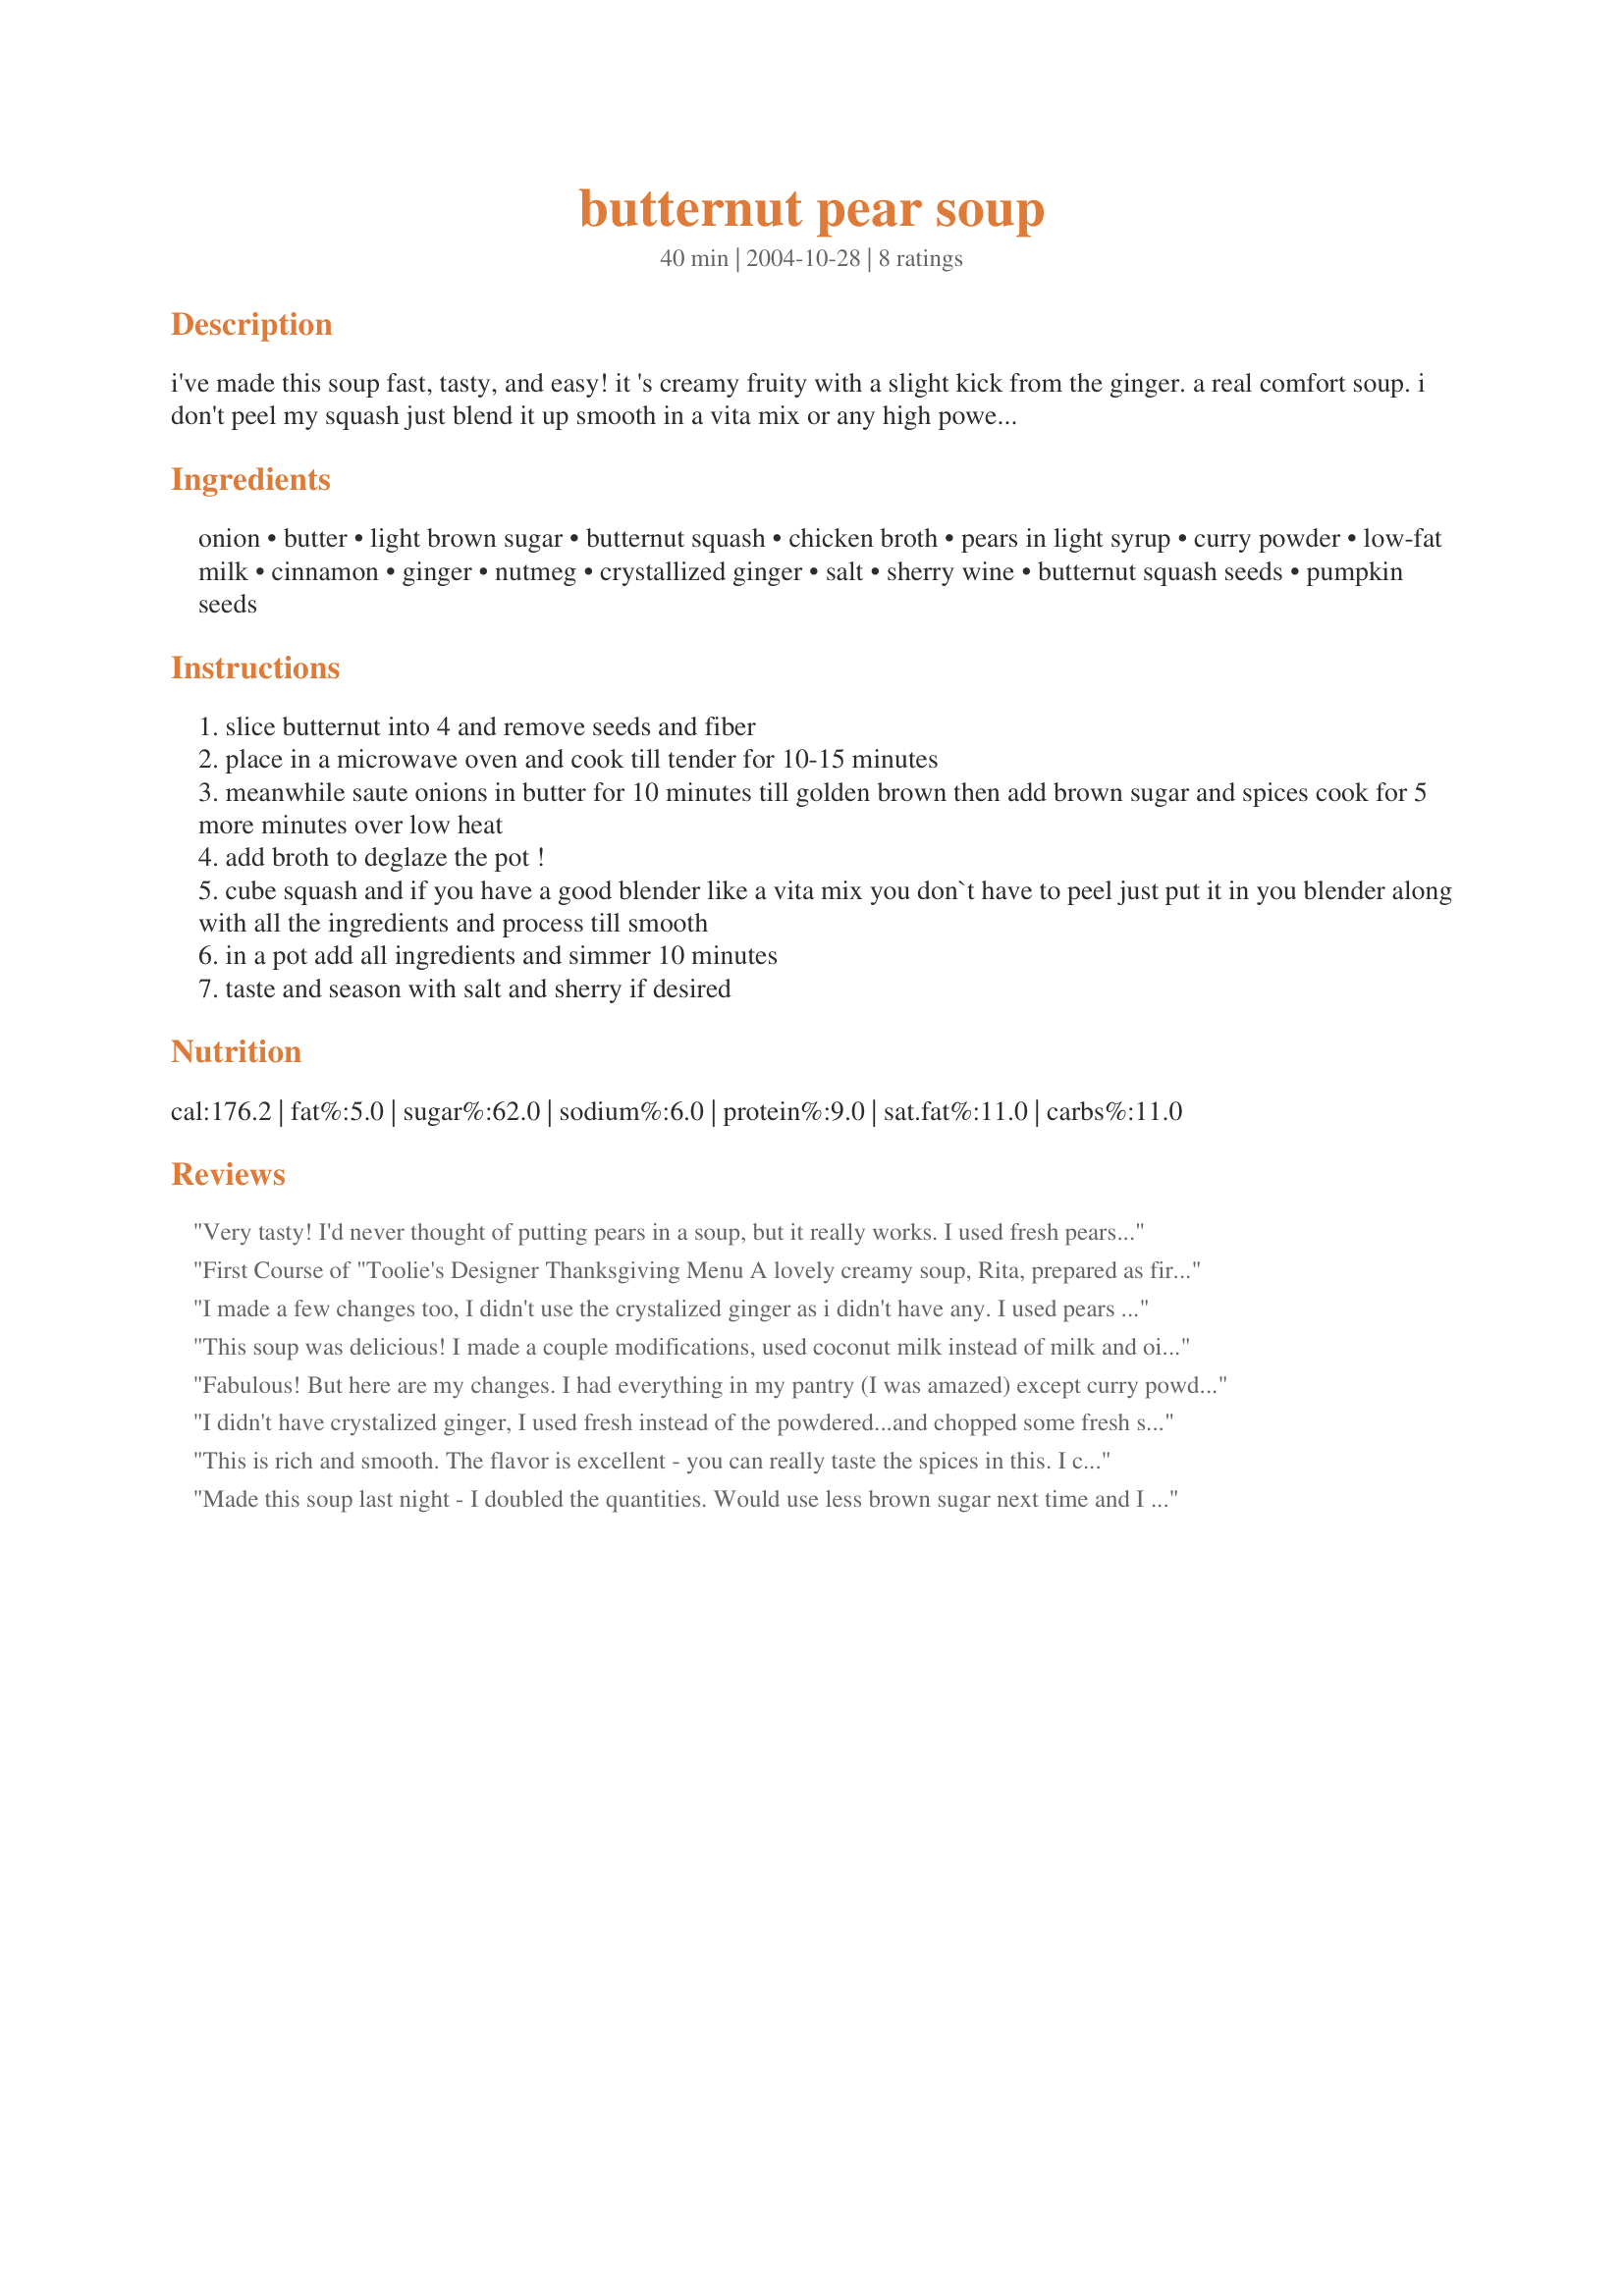
butternut pear soup
Preparation time: 40 minutes

i've made this soup fast, tasty, and easy! it 's creamy fruity with a slight kick from the ginger. a real comfort soup. i don't peel my squash just blend it up smooth in a vita mix or any high powered blender. you never know it's in there. but your body will love you for it! this i tried to keep low in fat and sugar by using low fat milk and pears in a light syrup.
in the picture i garnished with recipe #50958 and fresh ripe pears slices. alternate method for pureeing butternut recipe #194908

Ingredients:
onion, butter, light brown sugar, butternut squash, chicken broth, pears in light syrup, curry powder, low-fat milk, cinnamon, ginger, nutmeg, crystallized ginger, salt, sherry wine, butternut squash seeds, pumpkin seeds

Steps:
slice butternut into 4 and remove seeds and fiber
place in a microwave oven and cook till tender for 10-15 minutes
meanwhile saute onions in butter for 10 minutes till golden brown then add brown sugar and spices cook for 5 more minutes over low heat
add broth to deglaze the pot !
cube squash and if you have a good blender like a vita mix you don`t have to peel just put it in you blender along with all the ingredients and process till smooth
in a pot add all ingredients and simmer 10 minutes
taste and season with salt and sherry if desired

Reviews:
Very tasty! I'd never thought of putting pears in a soup, but it really works. I used fresh pears instead of tinned, and used extra vegetable stock instead of milk. Great recipe!
First Course of "Toolie's Designer Thanksgiving Menu
A lovely creamy soup, Rita, prepared as first course of my "Designer Thanksgiving Dinner". Rita, you do not peel your squash prior to processing; I did peel the butternut and followed your recipe exactly with excellent results. I used chicken broth which is something I keep in readiness at all times, stored in the chest freezer. My mother taught me to be ready for anything; ("boil your bones", she would say); I am glad she did, Rita. A really simple procedure to produce a great flavour in keeping with the Thanksgiving season. It was a pleasure to feature your Butternut Pear Soup Rita; thank you.


I made a few changes too, I didn't use the crystalized ginger as i didn't have any. I used pears in natural juices and coconut milk it was fantasti!!
Creamy spicy and delicious!!!
Thank You!
This soup was delicious! I made a couple modifications, used coconut milk instead of milk and oil instead of butter, to make it vegan. I also didn't add the brown sugar or the pear syrup.
Fabulous! But here are my changes. I had everything in my pantry (I was amazed) except curry powder so I left that out, although I was upset to find out my pears had corn syrup on them (grr), so I used fresh instead. It takes longer than 10 minutes to cook the onions until golden, and I did more of a deep golden for more flavor. I did not use milk, I used more chicken stock in place of the milk. We served it with a fresh fruit salad, fresh homemade rolls and a good ham. The saltiness of the ham went perfect with the sweet soup. My mother and I agreed that milk would have made it too desserty. Although I may try it with coconut milk. We didn't use milk at first due to allergy, but loved it without it anyway! Thanks!
I didn't have crystalized ginger, I used fresh instead of the powdered...and chopped some fresh sage
OH my goodness the results are fabulous!
(I was cleaning out my Asian supplies and fried up a couple of left over egg roll wrappers to top off soup!
Thank you for the recipe!
This is rich and smooth. The flavor is excellent - you can really taste the spices in this. I chose to leave off the skin and added the crystallized ginger as a garish atop the individual servings, rather than adding it directly to the pot. Rather lowfat, but you'd never know it by the rich taste. Also, the pears give this a sweetness and body without tasting too "peary."
Made this soup last night - I doubled the quantities. Would use less brown sugar next time and I also used more stock (to cover the vegetables completely) and added 250ml of light coconut milk (not the milk) - it was sensational. Must be followed by very plain meal as this is so full of flavour. Thanx Rita - great recipe.
